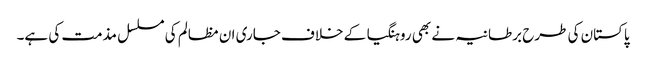
پاکستان کی طرح برطانیہ نے بھی روہنگیا کے خلاف جاری ان مظالم کی مسلسل مذمت کی ہے۔